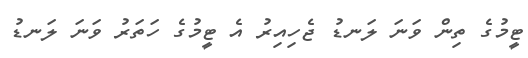
ޓީމުގެ ތިން ވަނަ ލަނޑު ޖެހިއިރު އެ ޓީމުގެ ހަތަރު ވަނަ ލަނޑު